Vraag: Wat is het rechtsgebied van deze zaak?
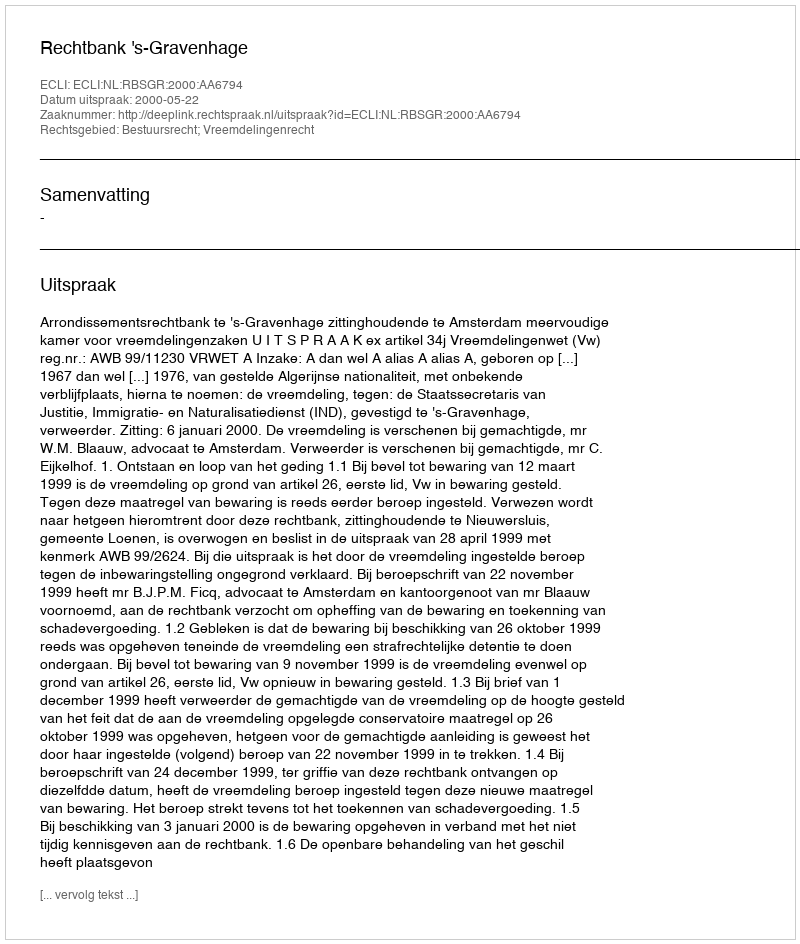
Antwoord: Bestuursrecht; Vreemdelingenrecht